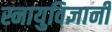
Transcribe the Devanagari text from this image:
स्नायुविज्ञानी